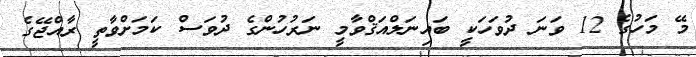
މޭ މަހުގެ 12 ވަނަ ދުވަހަކީ ބައިނަލްއަޤްވާމީ ނަރުހުންގެ ދުވަސް ކަމަށްވާތީ ރާއްޖޭގެ